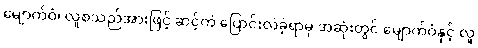
မျောက်ဝံ၊ လူစသည်အားဖြင့် ဆင့်ကဲ ပြောင်းလဲခဲ့ရာမှ အဆုံးတွင် မျောက်ဝံနှင့် လူ